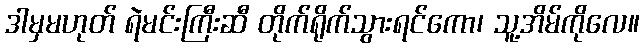
ဒါမှမဟုတ် ရဲမင်းကြီးဆီ တိုက်ရိုက်သွားရင်ကော၊ သူ့အိမ်ကိုလေ။